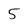
Character: 5